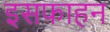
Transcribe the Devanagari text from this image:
इसफाहन